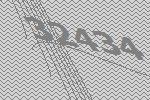
32434